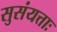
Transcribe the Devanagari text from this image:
सुसंयत्ताः